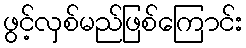
ဖွင့်လှစ်မည်ဖြစ်ကြောင်း